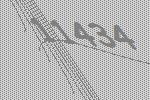
11434